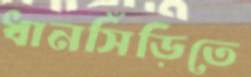
ধানসিঁড়িতে